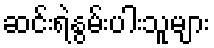
ဆင်းရဲနွမ်းပါးသူများ